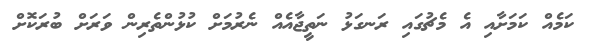
ކަމެއް ކަމަށާއި އެ މެޗުގައި ރަނގަޅު ނަތީޖާއެއް ނެރުމަށް ކުޅުންތެރިން ވަރަށް ބުރަކޮށް